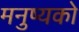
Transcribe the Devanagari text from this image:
मनुष्यको